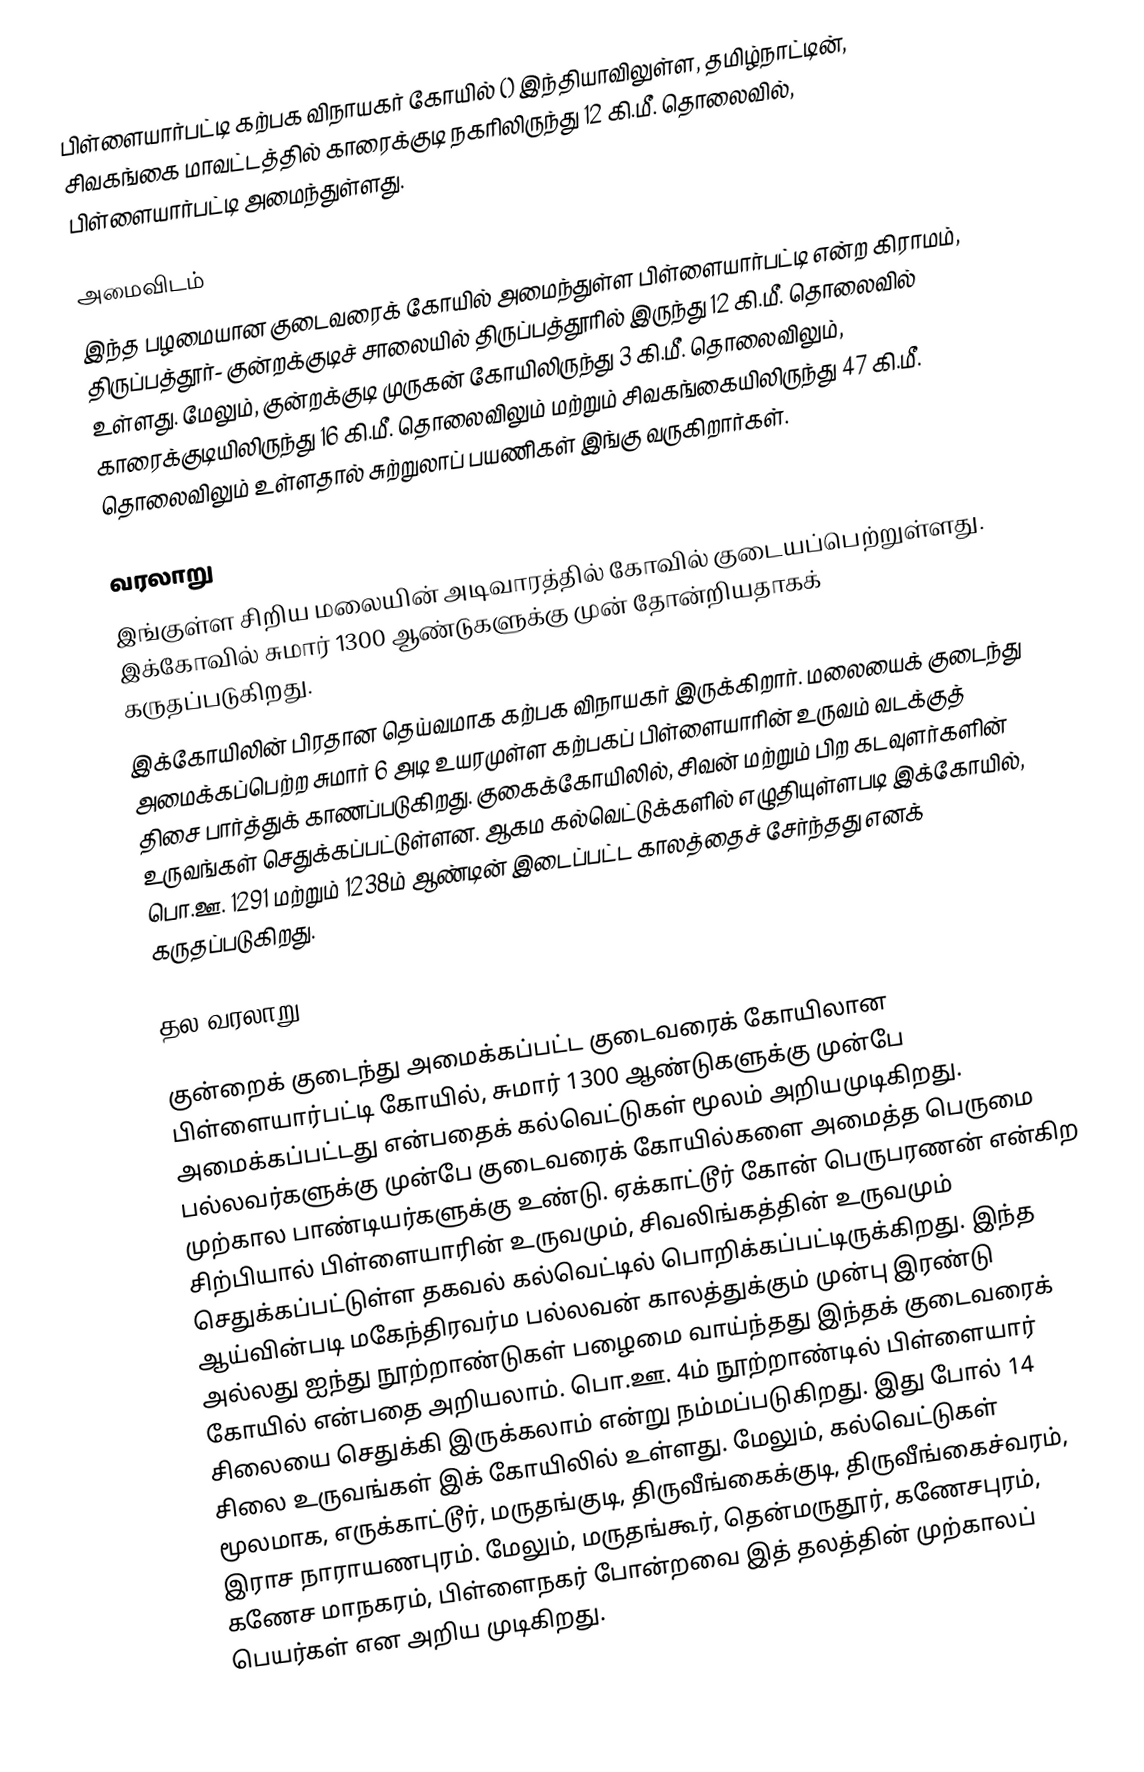
பிள்ளையார்பட்டி கற்பக விநாயகர் கோயில் () இந்தியாவிலுள்ள, தமிழ்நாட்டின், சிவகங்கை மாவட்டத்தில் காரைக்குடி நகரிலிருந்து 12 கி.மீ. தொலைவில், பிள்ளையார்பட்டி அமைந்துள்ளது.

அமைவிடம்
இந்த பழமையான குடைவரைக் கோயில் அமைந்துள்ள பிள்ளையார்பட்டி என்ற கிராமம், திருப்பத்தூர்- குன்றக்குடிச் சாலையில் திருப்பத்தூரில் இருந்து 12 கி.மீ. தொலைவில் உள்ளது. மேலும், குன்றக்குடி முருகன் கோயிலிருந்து 3 கி.மீ. தொலைவிலும், காரைக்குடியிலிருந்து 16 கி.மீ. தொலைவிலும் மற்றும் சிவகங்கையிலிருந்து 47 கி.மீ. தொலைவிலும் உள்ளதால் சுற்றுலாப் பயணிகள் இங்கு வருகிறார்கள்.

வரலாறு
இங்குள்ள சிறிய மலையின் அடிவாரத்தில் கோவில் குடையப்பெற்றுள்ளது. இக்கோவில் சுமார் 1300 ஆண்டுகளுக்கு முன் தோன்றியதாகக் கருதப்படுகிறது.
இக்கோயிலின் பிரதான தெய்வமாக கற்பக விநாயகர் இருக்கிறார். மலையைக் குடைந்து அமைக்கப்பெற்ற சுமார் 6 அடி உயரமுள்ள கற்பகப் பிள்ளையாரின் உருவம் வடக்குத் திசை பார்த்துக் காணப்படுகிறது. குகைக்கோயிலில், சிவன் மற்றும் பிற கடவுளர்களின் உருவங்கள் செதுக்கப்பட்டுள்ளன. ஆகம கல்வெட்டுக்களில் எழுதியுள்ளபடி இக்கோயில், பொ.ஊ. 1291 மற்றும் 1238ம் ஆண்டின் இடைப்பட்ட காலத்தைச் சேர்ந்தது எனக் கருதப்படுகிறது.

தல வரலாறு

குன்றைக் குடைந்து அமைக்கப்பட்ட குடைவரைக் கோயிலான பிள்ளையார்பட்டி கோயில், சுமார் 1300 ஆண்டுகளுக்கு முன்பே அமைக்கப்பட்டது  என்பதைக் கல்வெட்டுகள் மூலம் அறியமுடிகிறது. பல்லவர்களுக்கு முன்பே குடைவரைக் கோயில்களை அமைத்த பெருமை முற்கால பாண்டியர்களுக்கு உண்டு. ஏக்காட்டூர் கோன் பெருபரணன் என்கிற சிற்பியால் பிள்ளையாரின் உருவமும், சிவலிங்கத்தின் உருவமும் செதுக்கப்பட்டுள்ள தகவல் கல்வெட்டில் பொறிக்கப்பட்டிருக்கிறது. இந்த ஆய்வின்படி மகேந்திரவர்ம பல்லவன் காலத்துக்கும் முன்பு இரண்டு அல்லது ஐந்து நூற்றாண்டுகள் பழைமை வாய்ந்தது இந்தக் குடைவரைக் கோயில் என்பதை அறியலாம். பொ.ஊ. 4ம் நூற்றாண்டில் பிள்ளையார் சிலையை செதுக்கி இருக்கலாம் என்று நம்மப்படுகிறது. இது போல் 14 சிலை உருவங்கள் இக் கோயிலில் உள்ளது. மேலும், கல்வெட்டுகள் மூலமாக, எருக்காட்டூர், மருதங்குடி, திருவீங்கைக்குடி, திருவீங்கைச்வரம், இராச நாராயணபுரம். மேலும், மருதங்கூர், தென்மருதூர், கணேசபுரம், கணேச மாநகரம், பிள்ளைநகர் போன்றவை இத் தலத்தின் முற்காலப் பெயர்கள் என அறிய முடிகிறது.